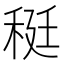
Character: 䅍